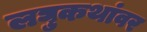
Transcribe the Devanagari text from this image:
लघुकथांवर